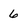
Character: 6